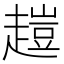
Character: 𧽊